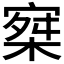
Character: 𡩣